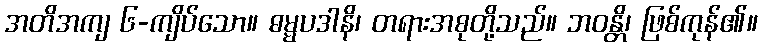
အတိအကျ ၆-ကျိပ်သော။ ဓမ္မပဒါနိ၊ တရားအစုတို့သည်။ ဘဝန္တိ၊ ဖြစ်ကုန်၏။